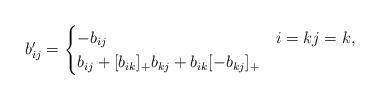
LaTeX: \begin{align*} b'_{ij}= \begin{cases} -b_{ij} & i=k j=k,\\ b_{ij} + [b_{ik}]_+b_{kj} + b_{ik}[-b_{kj}]_+ & \end{cases}\end{align*}